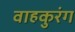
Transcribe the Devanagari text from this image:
वाहकुरंग